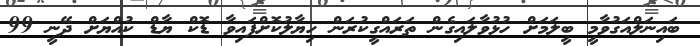
ބައިނަލްއަގުވާމީ ބީލަމަށް ހުޅުވާލައިގެން ތަރައްގީކުރަން ހިޔާލުކޮށްފައިވާ ޑޮކް ޔާޑް ކުއްޔަށް ދޭނީ 99